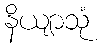
နိယျာသုံ